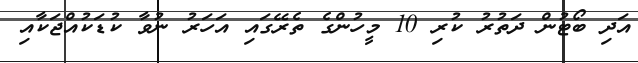
އަދި ބޯޓުން ދަތުރު ކުރި 10 މީހުންގެ ތެރޭގައި އަހަރު ނުވާ ކުޑަކުއްޖަކާއި